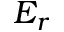
E _ { r }